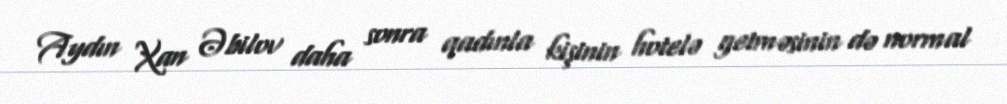
Aydın Xan Əbilov daha sonra qadınla kişinin hotelə getməsinin də normal